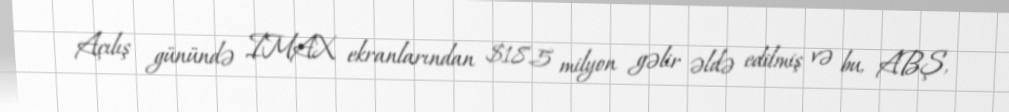
Açılış günündə IMAX ekranlarından $18.5 milyon gəlir əldə edilmiş və bu, ABŞ,